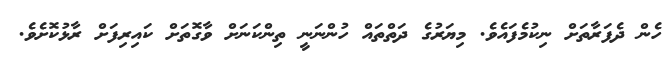
ހެން ދެފަރާތަށް ނިކުމެފައެވެ. މިޔަރުގެ ދަތްތައް ހުންނަނީ ތިންކަނަށް ވާގޮތަށް ކައިރިފަށް ރާޅުކޮށެވެ.